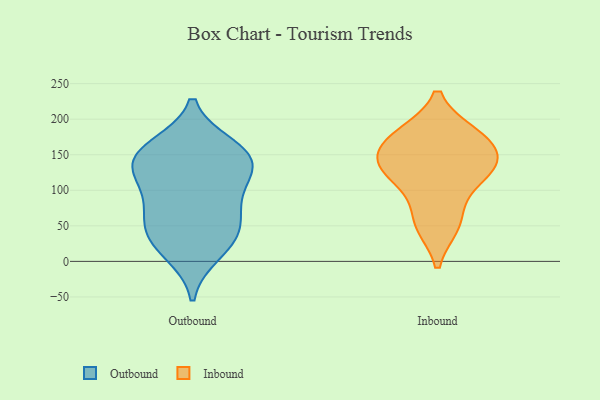
{"axis": {"x": "Customer Acquisition Cost (USD)", "y": "Value"}, "legend": ["Inbound", "Outbound"], "data": [{"x": "", "y": 117, "type": "Outbound"}, {"x": "", "y": 92, "type": "Outbound"}, {"x": "", "y": 36, "type": "Outbound"}, {"x": "", "y": 32, "type": "Outbound"}, {"x": "", "y": 131, "type": "Outbound"}, {"x": "", "y": 145, "type": "Outbound"}, {"x": "", "y": 147, "type": "Outbound"}, {"x": "", "y": 150, "type": "Outbound"}, {"x": "", "y": 56, "type": "Outbound"}, {"x": "", "y": 13, "type": "Outbound"}, {"x": "", "y": 71, "type": "Outbound"}, {"x": "", "y": 160, "type": "Outbound"}, {"x": "", "y": 176, "type": "Inbound"}, {"x": "", "y": 141, "type": "Inbound"}, {"x": "", "y": 173, "type": "Inbound"}, {"x": "", "y": 134, "type": "Inbound"}, {"x": "", "y": 52, "type": "Inbound"}, {"x": "", "y": 108, "type": "Inbound"}, {"x": "", "y": 178, "type": "Inbound"}, {"x": "", "y": 143, "type": "Inbound"}, {"x": "", "y": 56, "type": "Inbound"}, {"x": "", "y": 126, "type": "Inbound"}]}